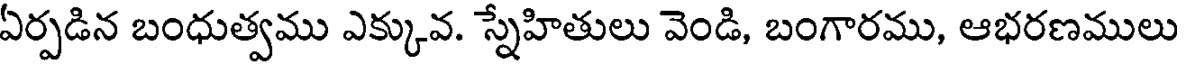
ఏర్పడిన బంధుత్వము ఎక్కువ. స్నేహితులు వెండి, బంగారము, ఆభరణములు